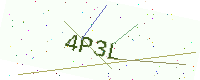
Text: 4P3L